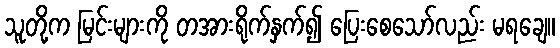
သူတို့က မြင်းများကို တအားရိုက်နှက်၍ ပြေးစေသော်လည်း မရချေ။